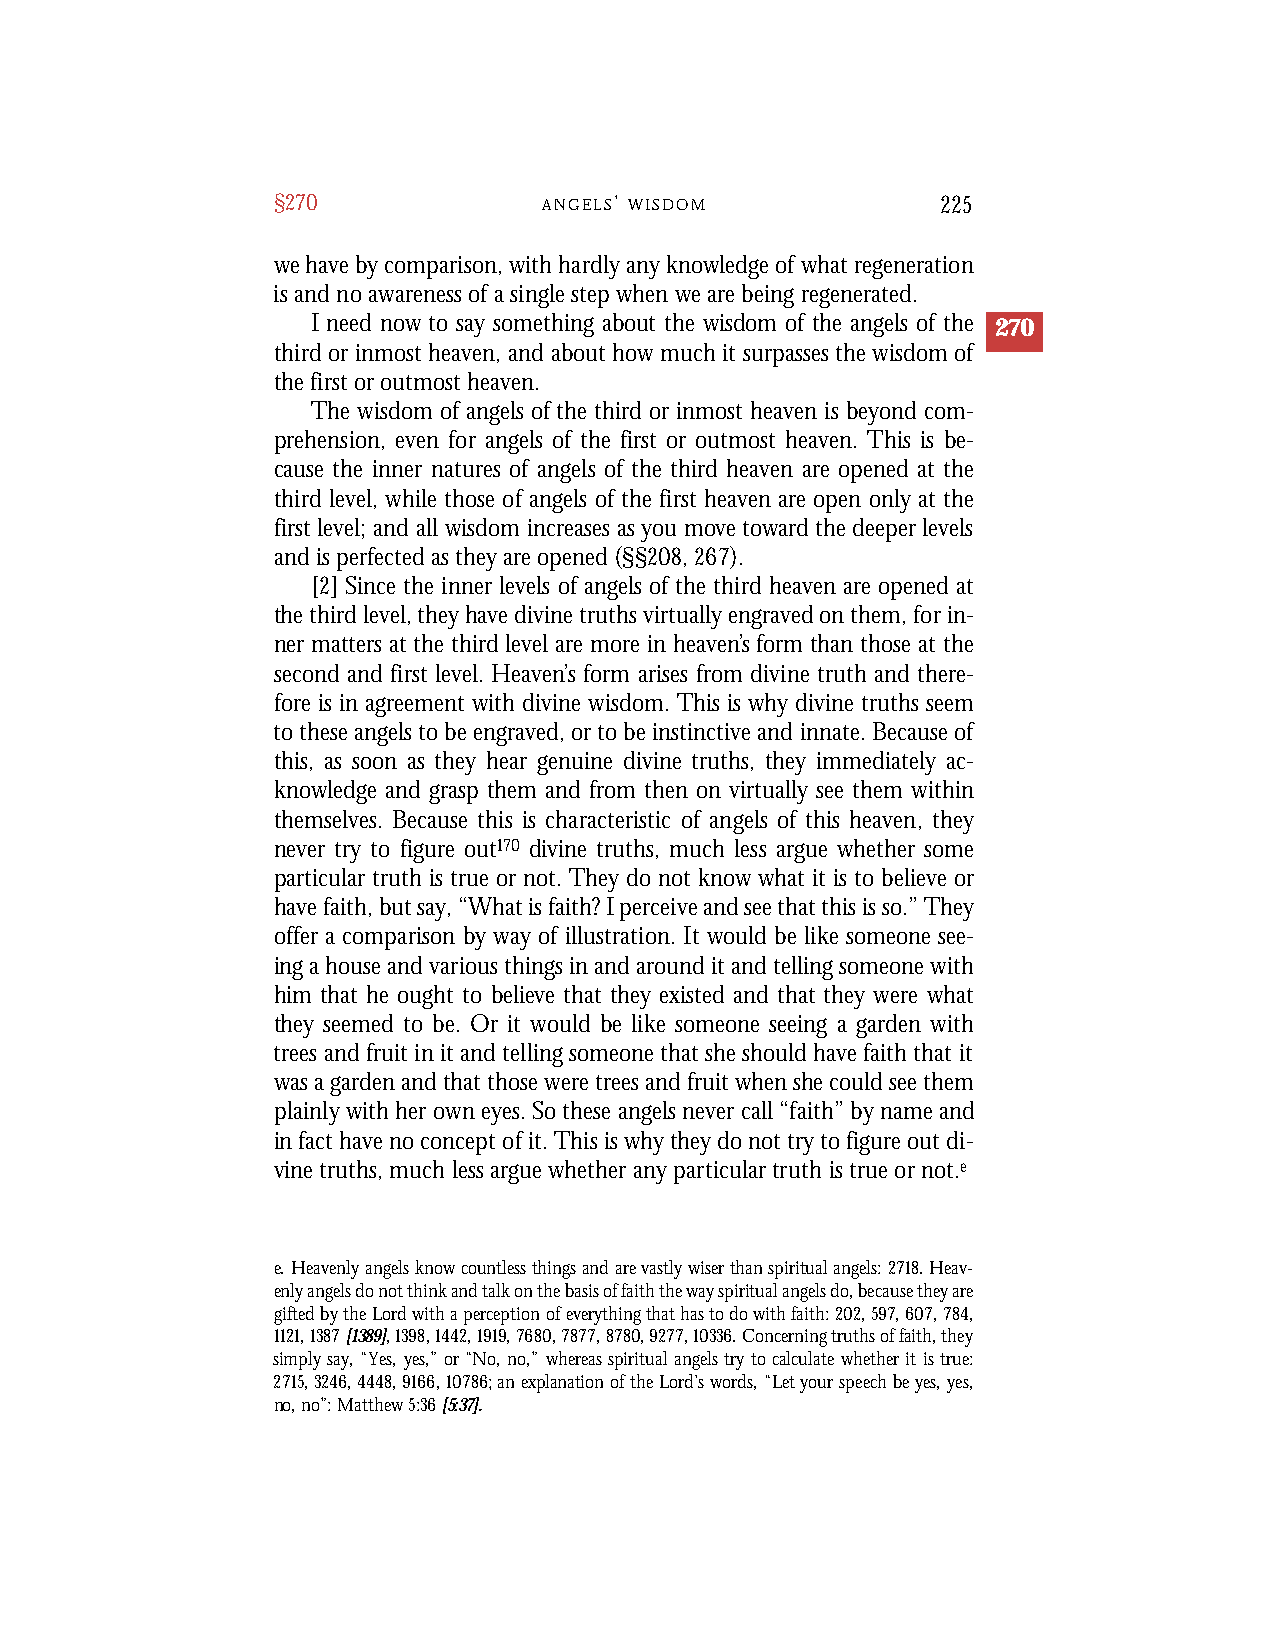
§270              A N G E L S’ W I S D O M  225
 we have by comparison, with hardly any knowledge of what regeneration
 is and no awareness of a single step when we are being regenerated.
 I need now to say something about the wisdom of the angels of the 270
 third or inmost heaven, and about how much it surpasses the wisdom of
 the first or outmost heaven.
 The wisdom of angels of the third or inmost heaven is beyond com-
 prehension, even for angels of the first or outmost heaven. This is be-
 cause the inner natures of angels of the third heaven are opened at the
 third level, while those of angels of the first heaven are open only at the
 first level; and all wisdom increases as you move toward the deeper levels
 and is perfected as they are opened (§§208, 267).
 [2] Since the inner levels of angels of the third heaven are opened at
 the third level, they have divine truths virtually engraved on them, for in-
 ner matters at the third level are more in heaven’s form than those at the
 second and first level. Heaven’s form arises from divine truth and there-
 fore is in agreement with divine wisdom. This is why divine truths seem
 to these angels to be engraved, or to be instinctive and innate. Because of
 this, as soon as they hear genuine divine truths, they immediately ac-
 knowledge and grasp them and from then on virtually see them within
 themselves. Because this is characteristic of angels of this heaven, they
 never try to figure out170 divine truths, much less argue whether some
 particular truth is true or not. They do not know what it is to believe or
 have faith, but say, “What is faith? I perceive and see that this is so.” They
 offer a comparison by way of illustration. It would be like someone see-
 ing a house and various things in and around it and telling someone with
 him that he ought to believe that they existed and that they were what
 they seemed to be. Or it would be like someone seeing a garden with
 trees and fruit in it and telling someone that she should have faith that it
 was a garden and that those were trees and fruit when she could see them
 plainly with her own eyes. So these angels never call “faith” by name and
 in fact have no concept of it. This is why they do not try to figure out di-
 vine truths, much less argue whether any particular truth is true or not.e
 e. Heavenly angels know countless things and are vastly wiser than spiritual angels: 2718. Heav-
 enly angels do not think and talk on the basis of faith the way spiritual angels do, because they are
 gifted by the Lord with a perception of everything that has to do with faith: 202,597,607,784,
 1121,1387[1389],1398,1442,1919,7680,7877,8780,9277,10336. Concerning truths of faith, they
 simply say, “Yes, yes,” or “No, no,” whereas spiritual angels try to calculate whether it is true:
 2715,3246,4448,9166,10786; an explanation of the Lord’s words, “Let your speech be yes, yes,
 no, no”: Matthew 5:36[5:37].